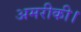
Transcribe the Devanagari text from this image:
अमरीकी।